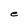
Character: e